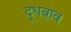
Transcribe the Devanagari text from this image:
दूधबाव